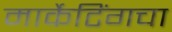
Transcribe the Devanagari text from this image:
मार्केटिंगचा